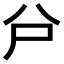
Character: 𠔅